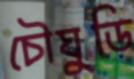
চৌঘুড়ি